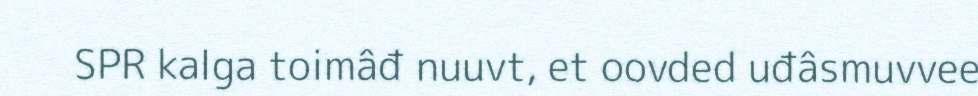
SPR kalga toimâđ nuuvt, et oovded uđâsmuvvee